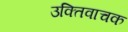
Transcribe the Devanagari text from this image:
उक्तिवाचक